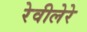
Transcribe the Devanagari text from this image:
रेवीलेरे